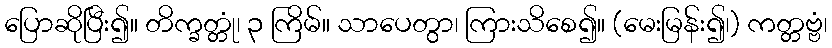
ပြောဆိုပြီး၍။ တိက္ခတ္တုံ၊ ၃ ကြိမ်။ သာပေတွာ၊ ကြားသိစေ၍။ (မေးမြန်း၍၊) ကတ္တဗ္ဗံ၊